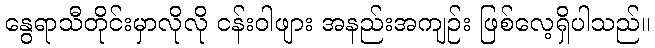
နွေရာသီတိုင်းမှာလိုလို ငန်းဝါဖျား အနည်းအကျဉ်း ဖြစ်လေ့ရှိပါသည်။